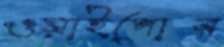
ওয়াইপোর